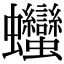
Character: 𧖣